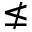
\nleq